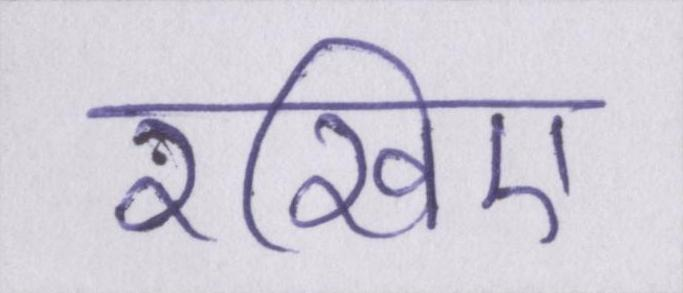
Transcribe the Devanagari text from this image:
रखिए